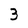
Character: 3